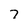
Character: 7